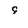
Character: 9